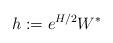
LaTeX: \begin{align*}h:= e^{H/2}W^*\end{align*}